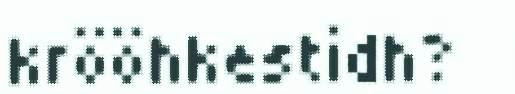
krööhkestidh?